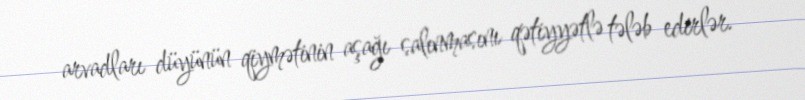
arvadları düyünün qiymətinin aşağı salınmasını qətiyyətlə tələb edirlər.